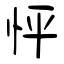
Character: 怦